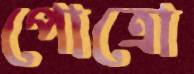
পোত্রো